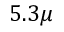
5 . 3 \mu